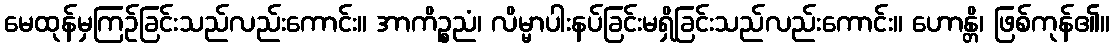
မေထုန်မှကြဉ်ခြင်းသည်လည်းကောင်း။ အာကိဉ္စညံ၊ လိမ္မာပါးနပ်ခြင်းမရှိခြင်းသည်လည်းကောင်း။ ဟောန္တိ၊ ဖြစ်ကုန်၏။